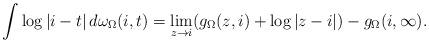
LaTeX: \begin{align*}\int \log|i-t|\,d\omega_{\Omega}(i,t) = \lim_{z\to i} (g_\Omega(z,i) + \log|z-i|) - g_\Omega(i,\infty).\end{align*}